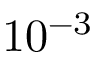
1 0 ^ { - 3 }